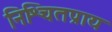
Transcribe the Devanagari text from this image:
निश्चितप्राय